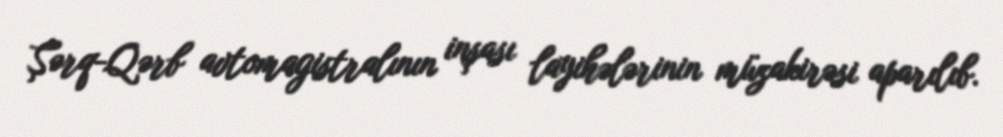
Şərq-Qərb avtomagistralının inşası layihələrinin müzakirəsi aparılıb.